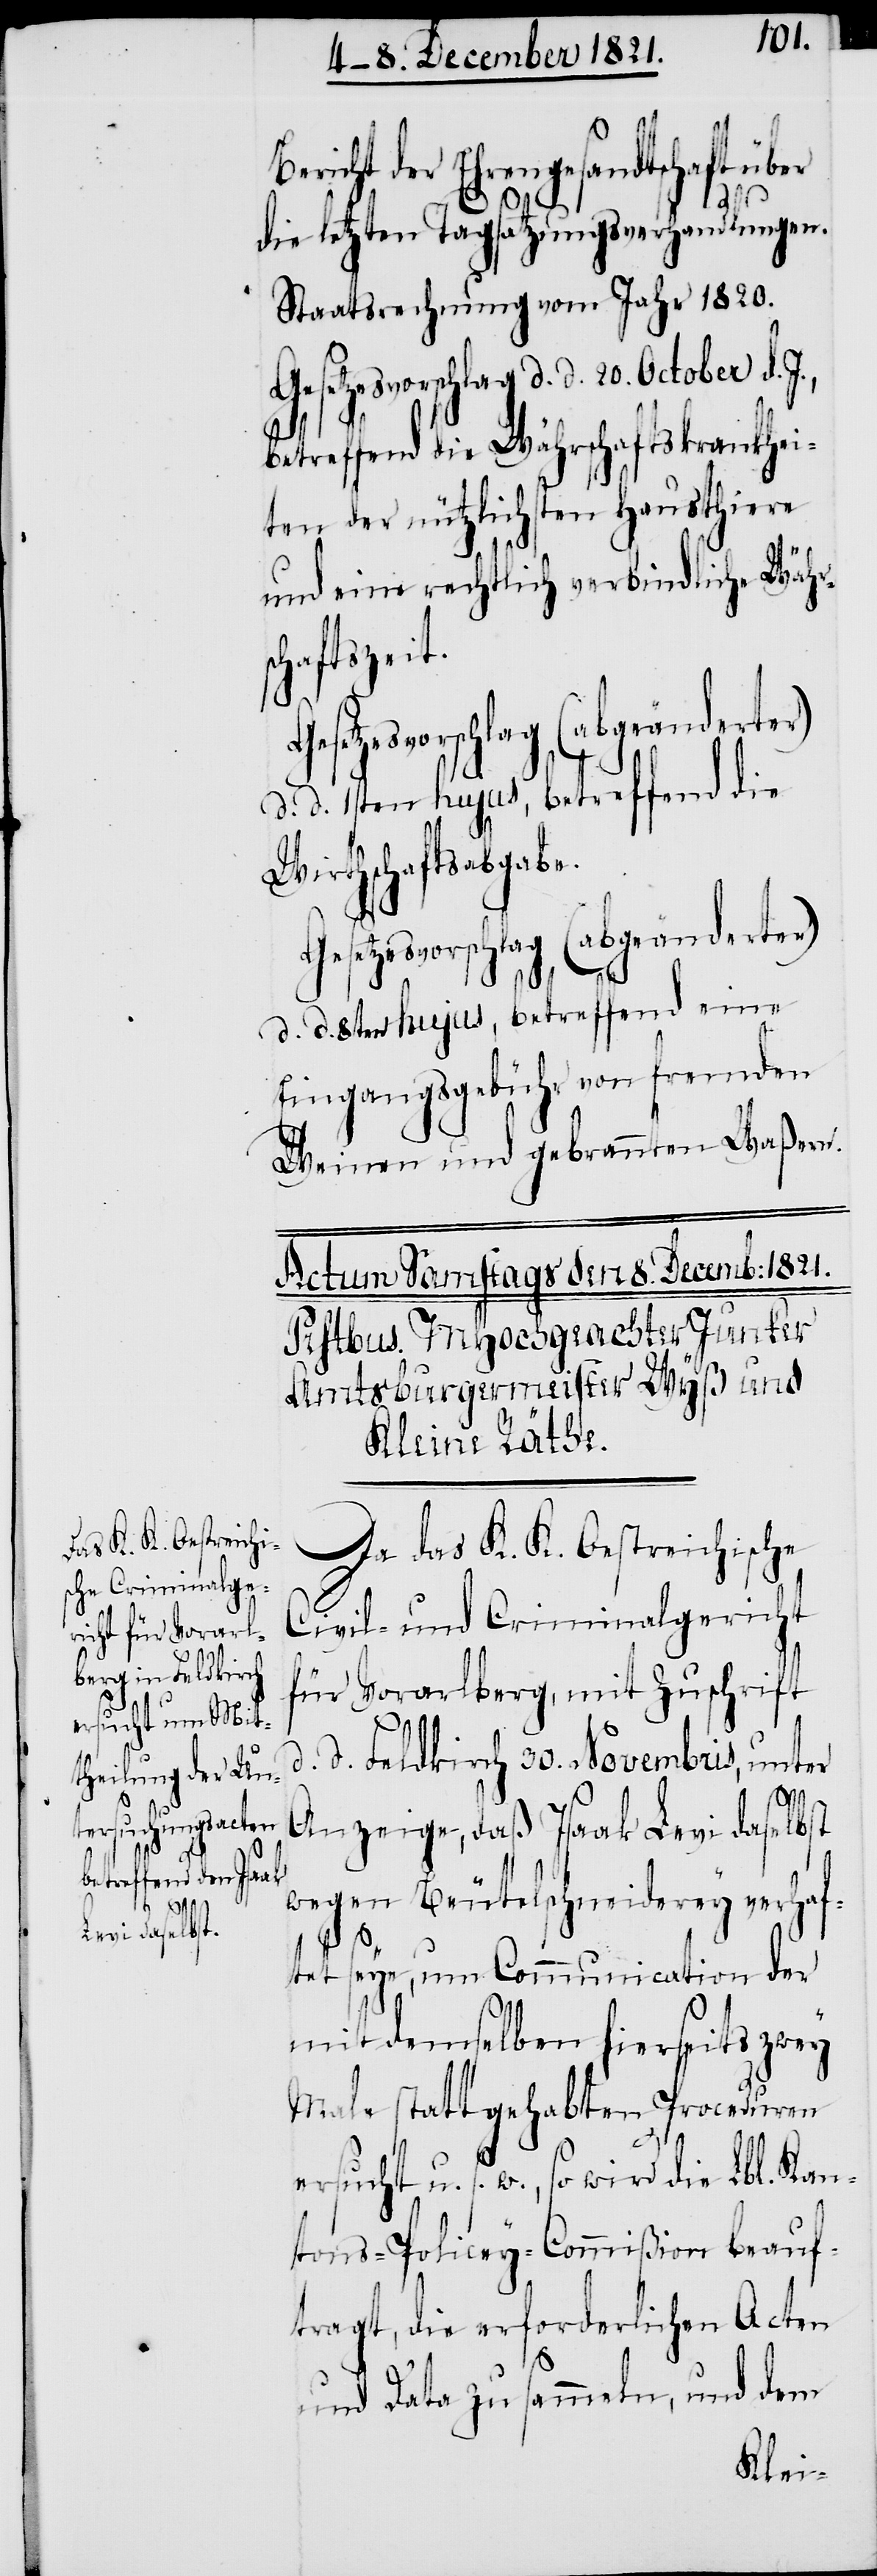
ersucht u. s.

Bericht der Ehrengesandtschaft über
d.
20.
d.
die letzten Tagsatzungsverhandlungen.
Staatsrechnung vom Jahr 1820.
betreffend die Währschaftskrankhei¬
ten der nützlichsten Hausthiere
und eine rechtlich verbindliche Währ¬
schaftszeit.
Gesetzesvorschlag (abgeänderter)
d. d. 1sten hujus, betreffend die
Wirthschaftsabgabe.
d. d. 8ten hujus, betreffend eine
Eingangsgebühr von fremden
Weinen und gebrannten Waßern.
Da das K. K. Oestreichische
Civil- und Criminalgericht
für Vorarlberg, mit Zuschrift
d.
d. Feldkirch 30. Novembris, unter
Anzeige, daß Isaak Levi daselbst
wegen Beutelschneiderey verhaf¬
tet seye, um Communication der
mit demselben hierseits zwey
Male stattgehabten Proceduren
so wird die Lbl. Kan¬
tons-Policey-Commißion beauf¬
tragt, die erforderlichen Acten
und Data zu sammeln, und dem